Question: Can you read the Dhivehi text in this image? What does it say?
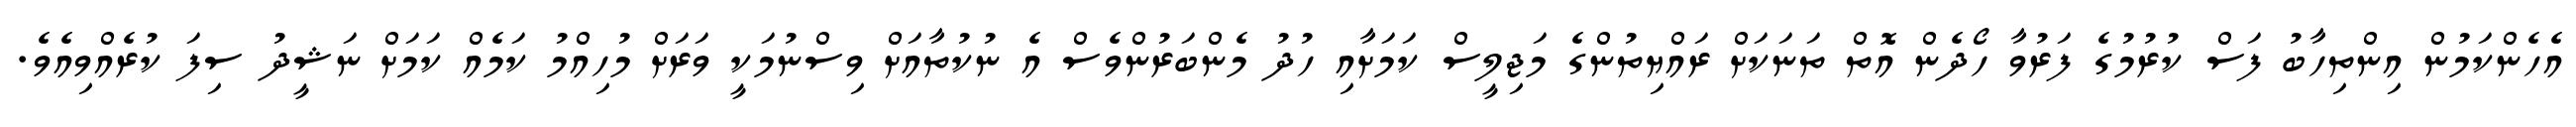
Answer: އެހެންކަމުން އިންތިހާބު ފަސް ކުރުމުގެ ފަރުވާ ހޯދެން އޮތް ތަނަކަށް ރައްޔިތުންގެ މަޖިލީސް ކަމަށާއި ހުދު މެންބަރުންވެސް އެ ނުކުތާއަށް ވިސްނުމަކީ ވަރަށް މުހިއްމު ކަމެއް ކަމަށް ނަޝީދު ސިފަ ކުރެއްވިއެވެ.